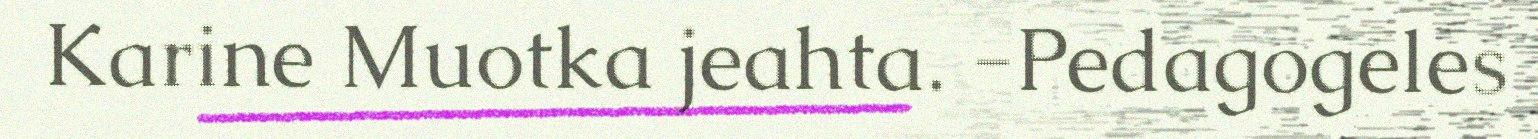
Karine Muotka jeahta. -Pedagogeles